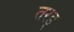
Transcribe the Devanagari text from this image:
तरड्